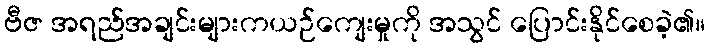
ဗီဇ အရည်အချင်းများကယဉ်ကျေးမှုကို အသွင် ပြောင်းနိုင်စေခဲ့၏။